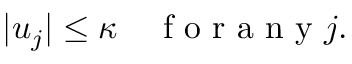
\vert u _ { j } \vert \le \kappa \quad \textrm { f o r a n y } j .